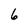
Character: 6